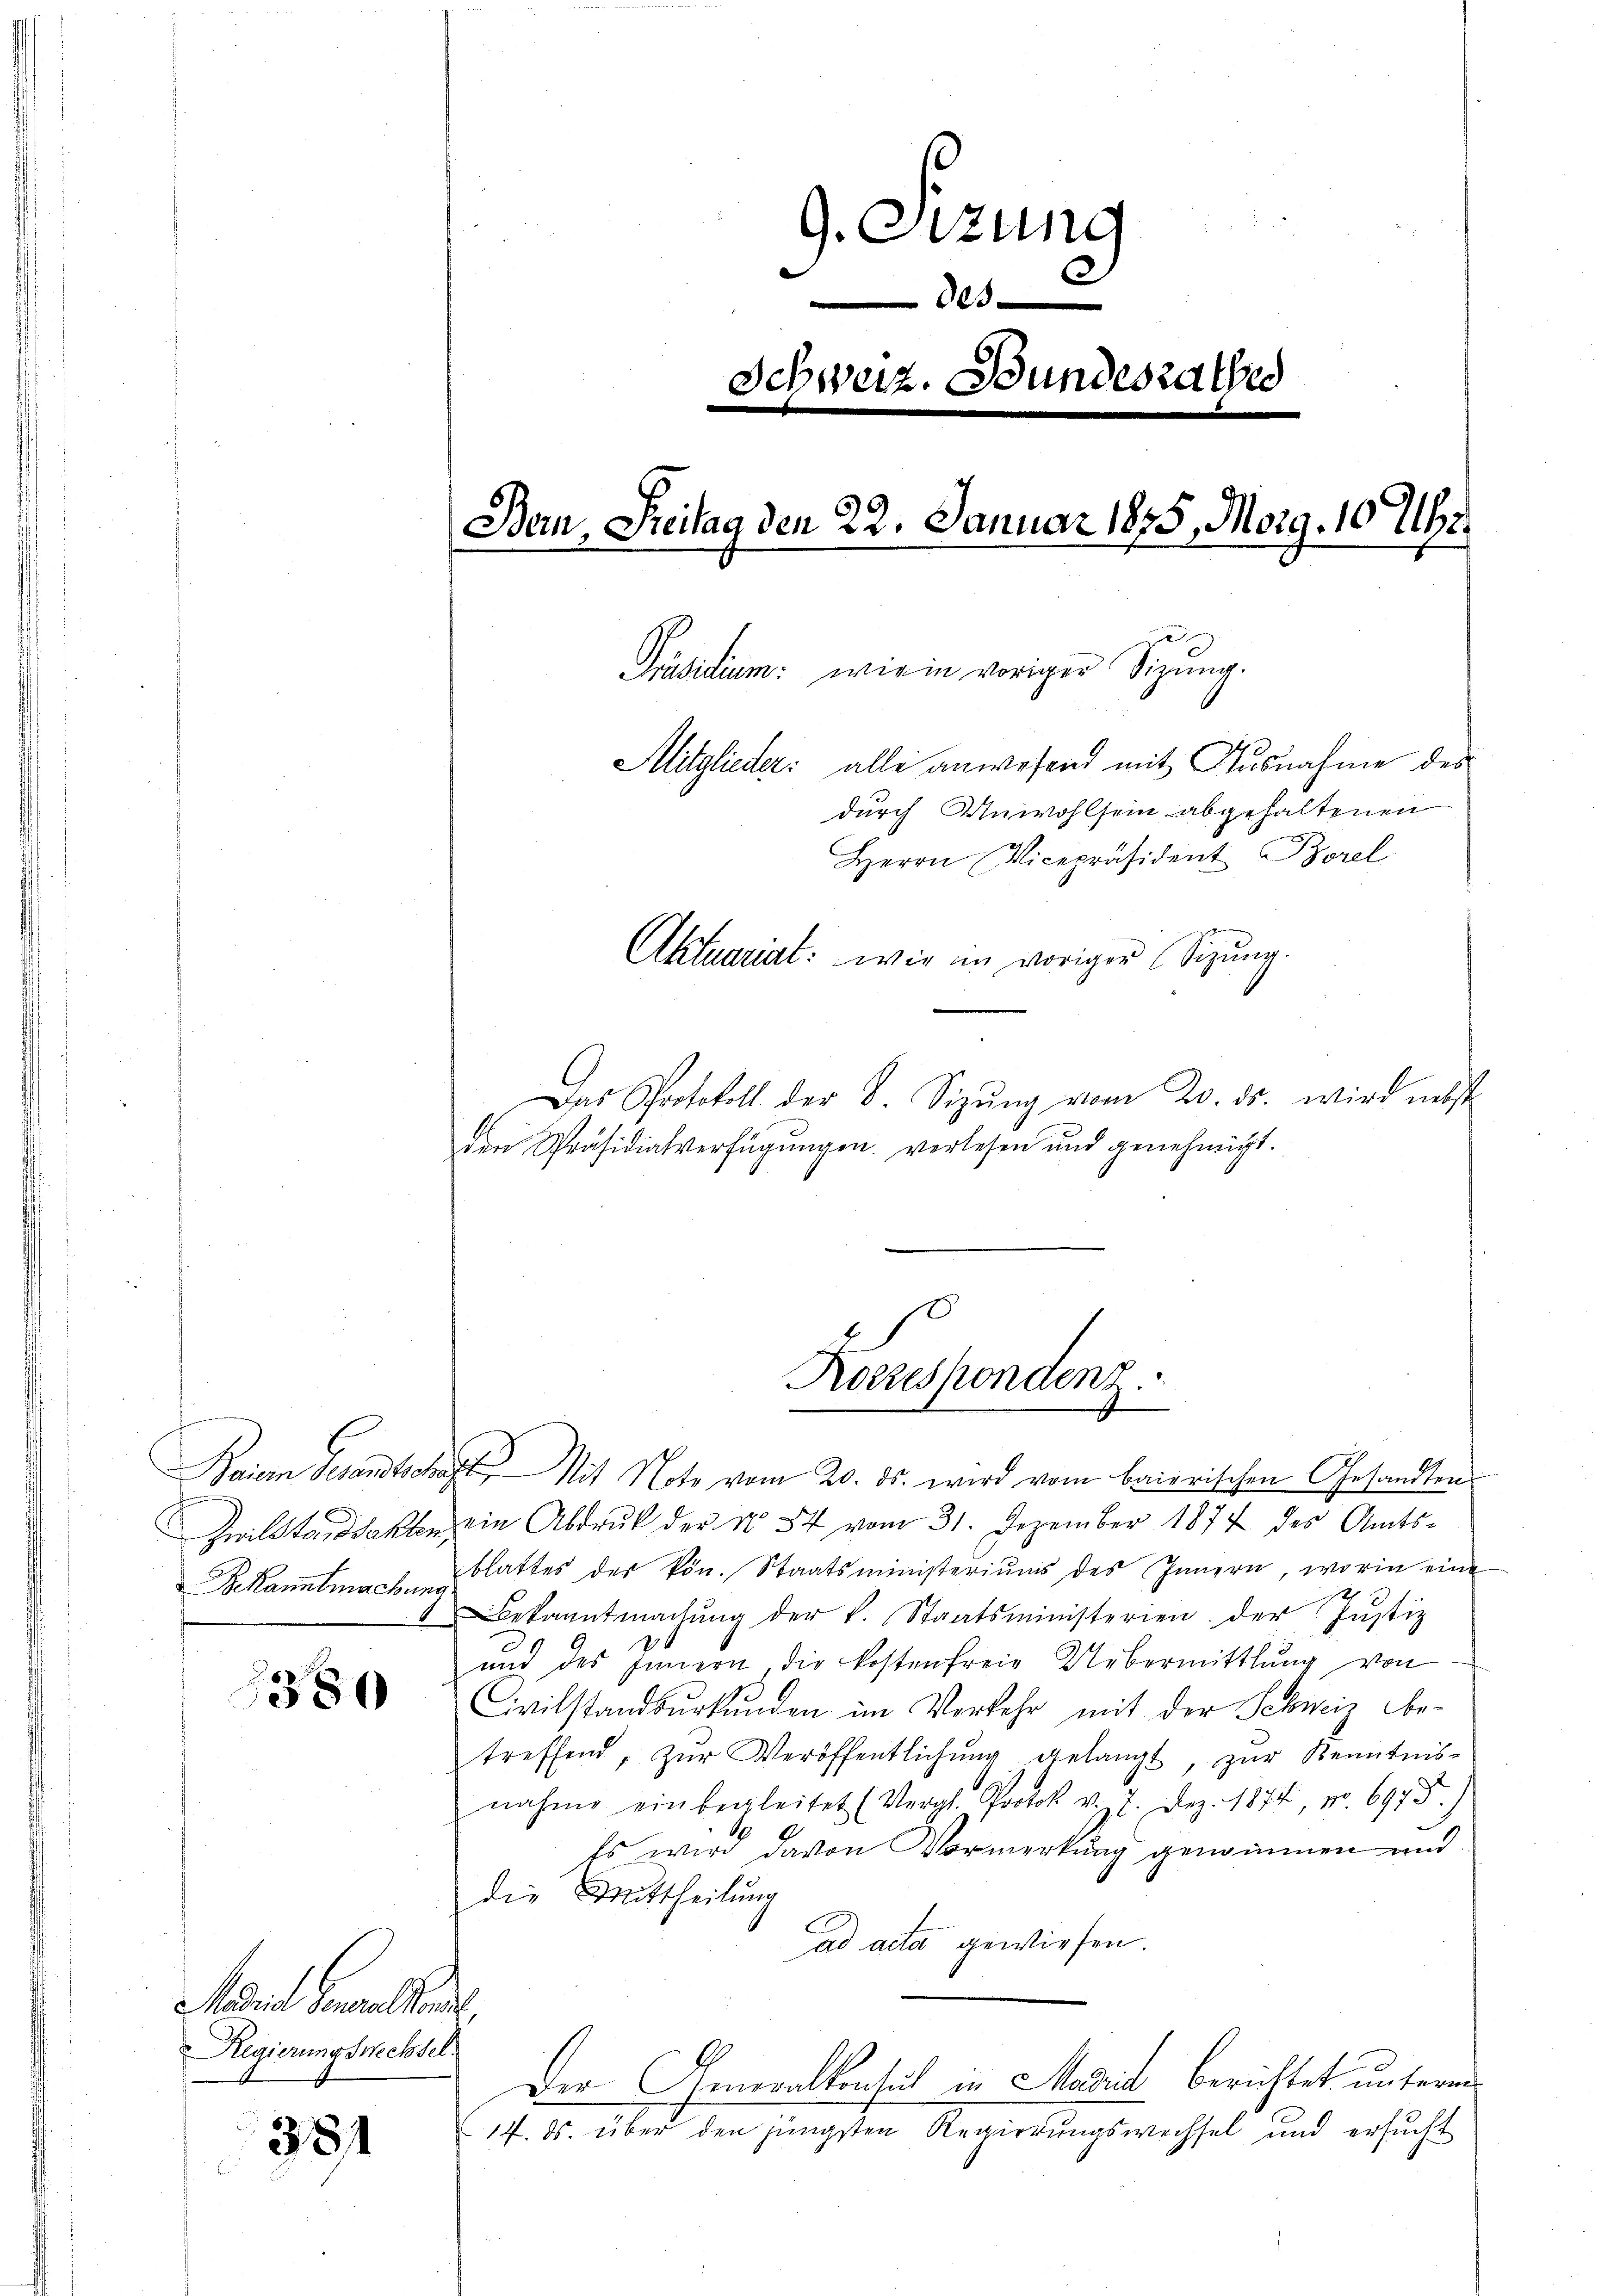
n
Bekanntmachung

1380

Mdie Gewaltene
Regierungswechsel.

381

9. Sizung

Schweiz. Bundesrathes
Bern, Freitag den 22. Januar 1875, Morg. 1078.
Präsidium: wie in voriger Sitzung.
Mitglieder: alle anwesend mit Ausnahme des
durch Unwohlsein abgehaltenen
Herrn Vicepräsident Borel
Aktuariat: wie im vorigen Sitzung.

Das Protokoll der B. Sizŭng vom 20. ds. wird nebst
den Präsidialverfügungen verlesen und genehmigt.
Baier Schandtschaft. Mit Note vom 20. ds. wird vom baierischen Gesandten
Heilstandakten ein Abdruk der No 54 vom 31. Dezember 1874 des Amtsblattes der kön. Staatsministeriums des Innern, worin eine
Bekanntmachŭng der k. Staatsministerien der Justiz
und des Innern, die kostenfreie Uebermittlung von
Civilstandurkunden im Verkehr mit der Schweiz be-
treffend, zŭr Veröffentlichŭng gelangt, zŭr Kenntnis-
nahme einbegleitet (Vergl. Protok v. 7. Dez. 1874, No. 6975.)
Es wird davon Vormerkung genommen und
die Mittheilung
ad acta gewiesen.
Der Gewaltensich in Madrid berichtet unterm
17. 6. über den jüngsten Regierungswechsel und ersucht

Korrespondenz.